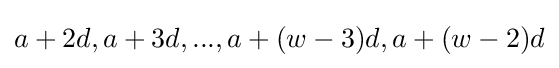
a+2d,a+3d,...,a+(w-3)d,a+(w-2)d